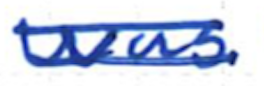
Text: was
Cross-out: double-line
Writing tool: ballpoint